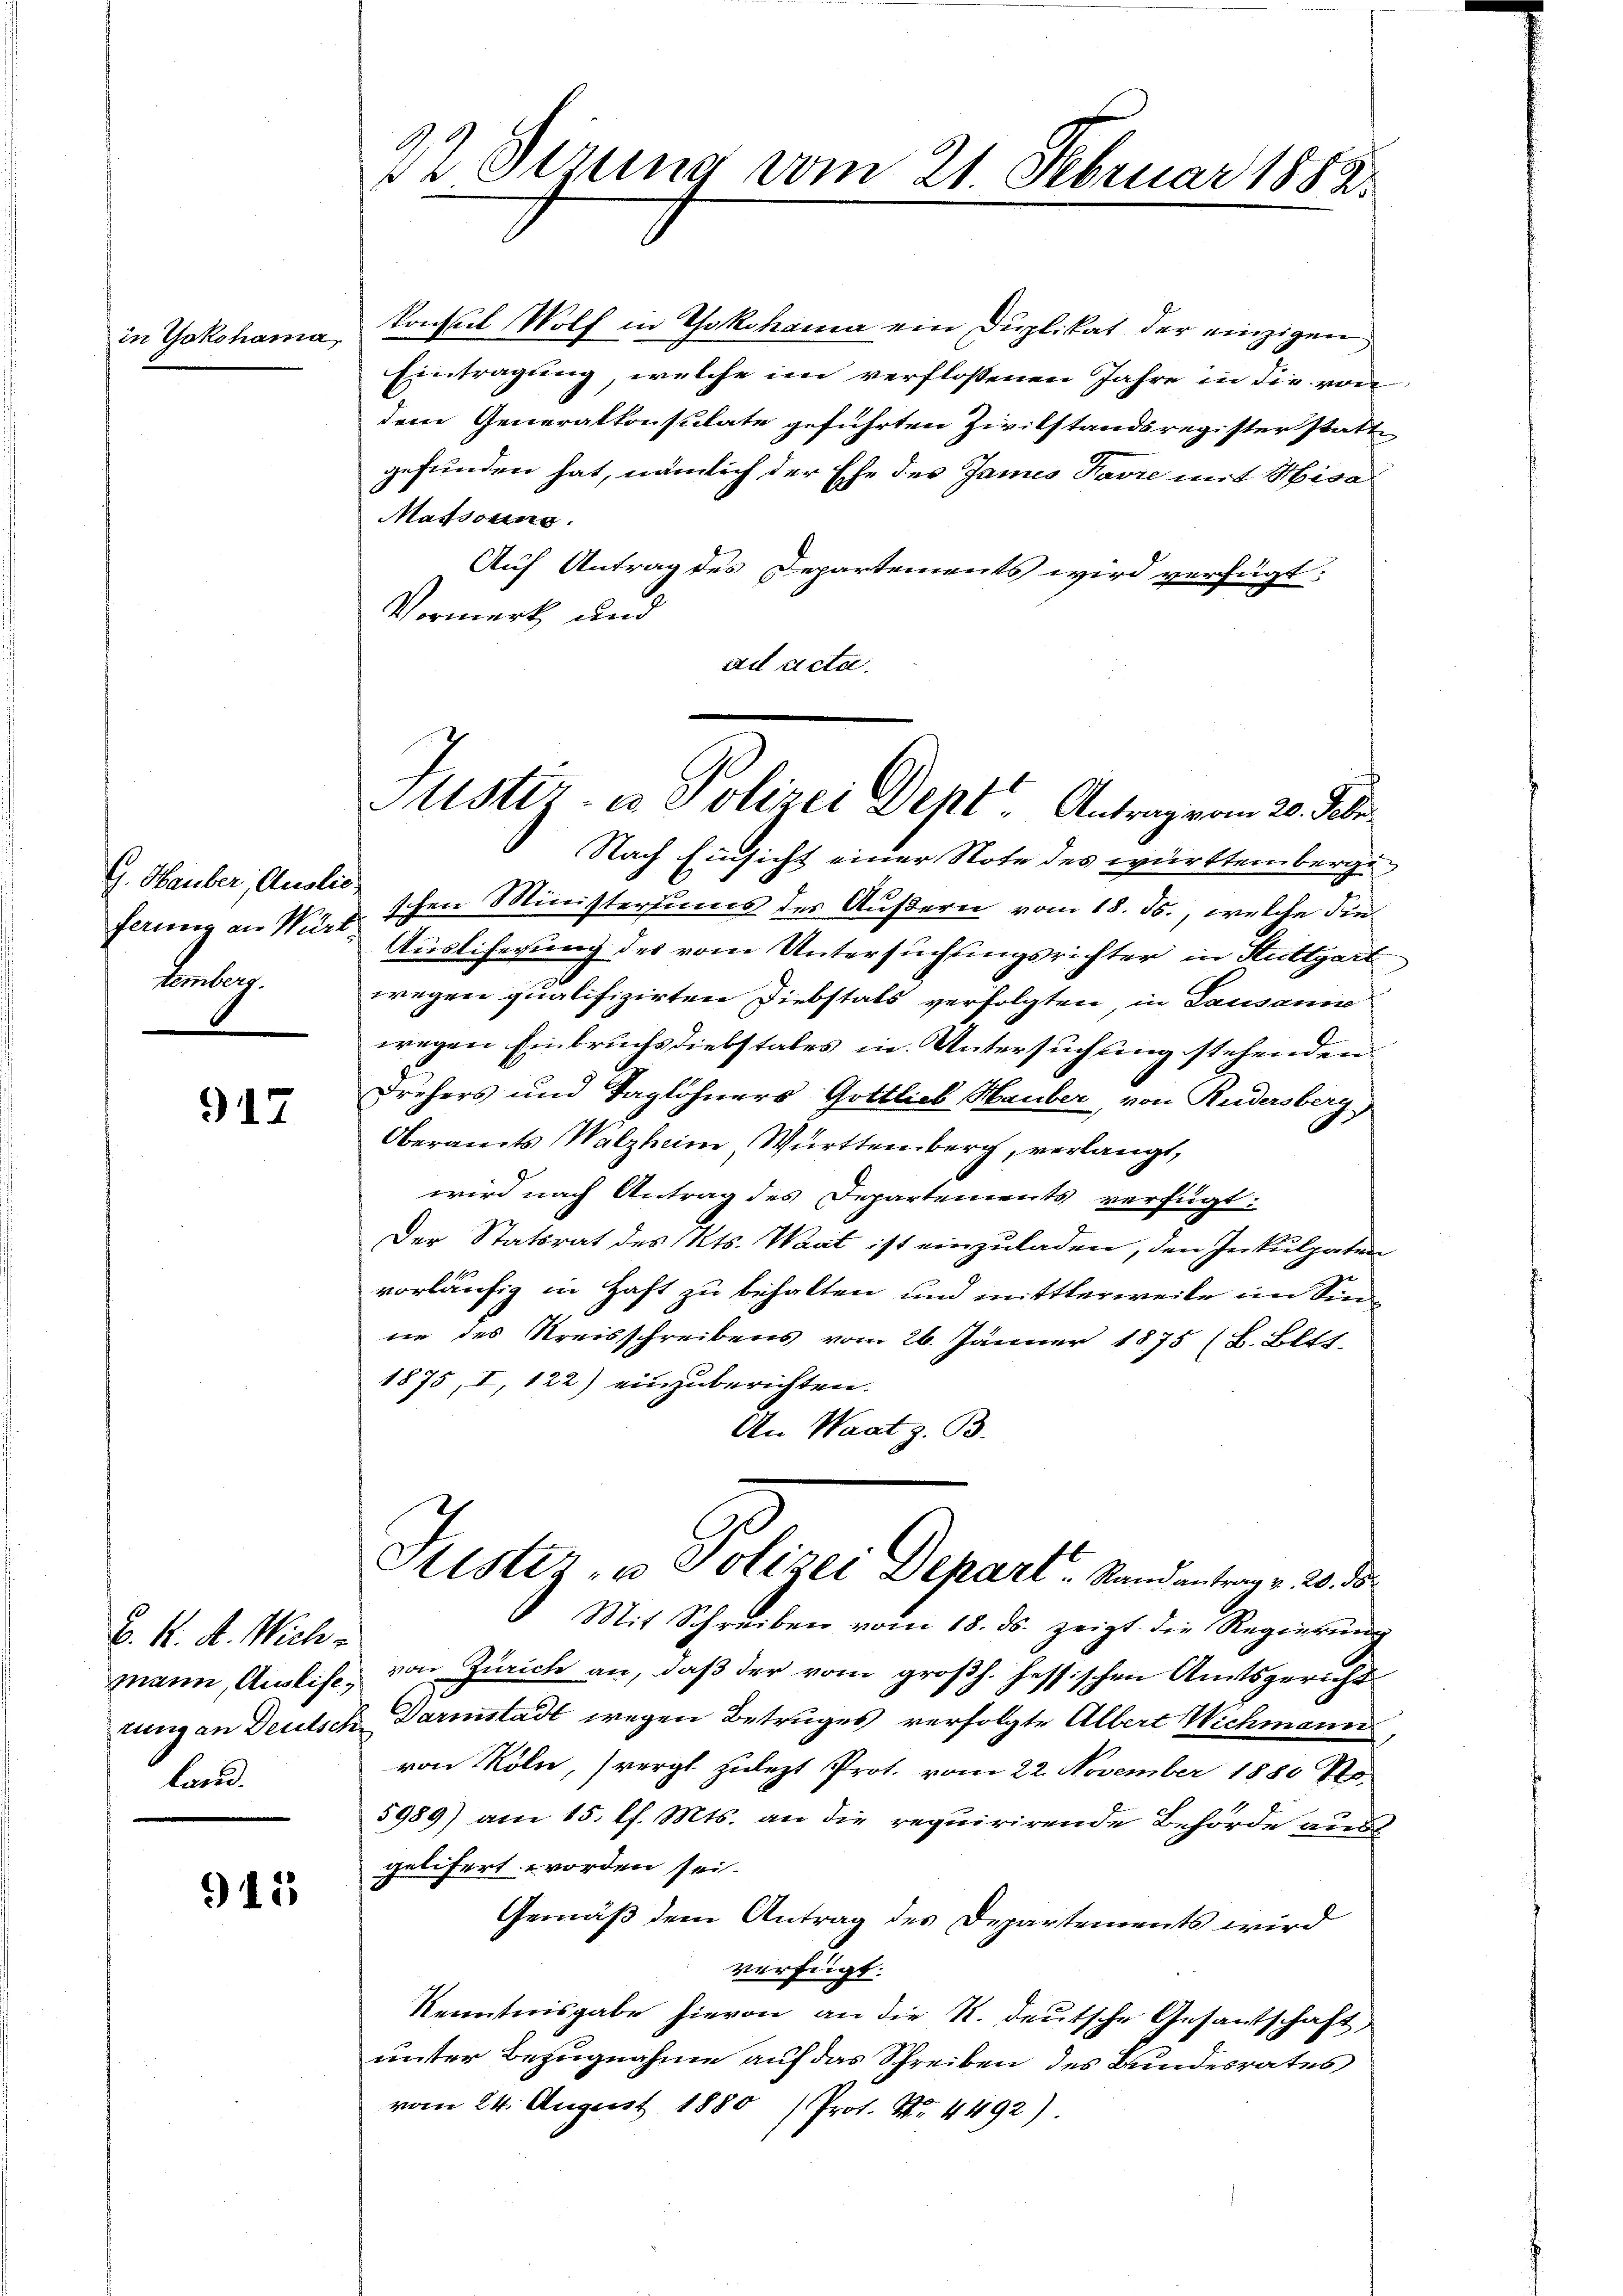
in Yokohama

G. Hauber, Auslie
temberg.

917

B. K. A. Wichmann, Auslife,
ba

915

22 Sezung vom 21. Februar 1882.

konsul Wolf in Yokohama ein Duplikat der einzigen
Eintragung, welche im verflossenen Jahre in die von
dem Generalkonsulate geführten Zivilstandsregister statt
gefunden hat, nämlich der Ehe des James Favre mit Hisa
Massung.
Auf Antrag des Departements wird verfügt:
Vormerk und
ad acta.

Justiz- u Polizei Dept. Antrag vom 20. Febr.

Sistiz- u Polizei Depart - Stand antrag v. 20. ds

Nach Einsicht einer Note des württemberge
schen Ministeriums des Äußern vom 18. ds., welche die
ferung an Wir Aŭsliherŭng des vom Untersŭchŭngsrichter in Stuttgart
wegen qualifizirten Diebstals verfolgten, in Lausann
wegen Einbruchsdiebstales in Untersuchung stehenden
Drehers und Taglöhners Gottlieb, Hauber, von Rudersberg
Oberamts Walzheim Württemberg, verlangt,
wird nach Antrag des Departements verfügt:
Der Statsrat des Kts. Waat ist einzuladen, den Inkulpaten
vorläufig in Haft zu behalten und mittlerweile im Sinnie des Kreisschreibens vom 26. Jänner 1875 (B. Bett.
1875, I, 122) einzuberichten.
An Waat z. B.

Mit Schreiben vom 18. ds. zeigt die Regierung
von Zürich an, daß der vom großh. Hessischen Amtsgericht
zung an Deutsch Darmstadt wegen Betruges verfolgte Albert Wichmann
von Köln, vergl. zulezt Prot. vom 22. November 1880 Ro.
5989) am 15. Ch. Mts. an die requirirende Behörde aus
gelifert worden sei.
Gemäß dem Antrag des Departements wird
verfügt:
Kenntnisgabe hievon an die R. deutsche Gesandtschaft,
unter Bezugnahme auf das Schreiben des Bundesrates
vom 24. August 1880 (Prot. N. 4492).